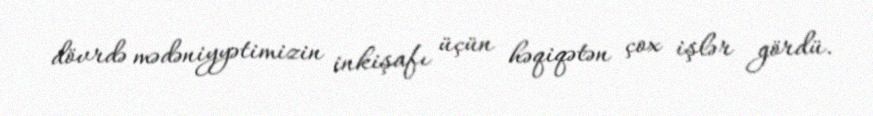
dövrdə mədəniyyətimizin inkişafı üçün həqiqətən çox işlər gördü.